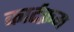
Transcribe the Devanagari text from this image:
कार्टक्रम